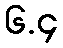
၆.၄